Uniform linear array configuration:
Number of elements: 32
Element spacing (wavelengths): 0.5
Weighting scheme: kaiser
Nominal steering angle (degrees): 30
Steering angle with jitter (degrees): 31.08
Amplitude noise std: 0.05
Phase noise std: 0.05

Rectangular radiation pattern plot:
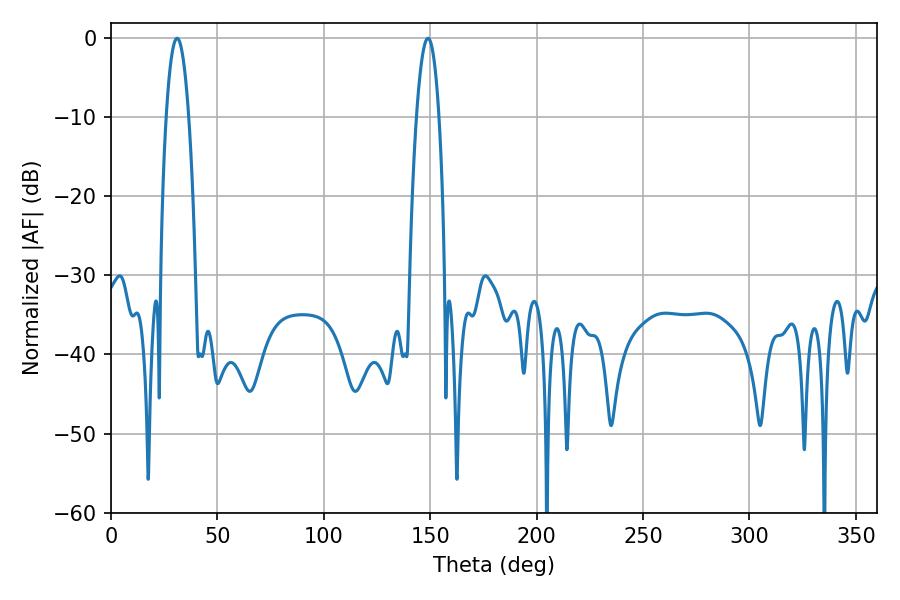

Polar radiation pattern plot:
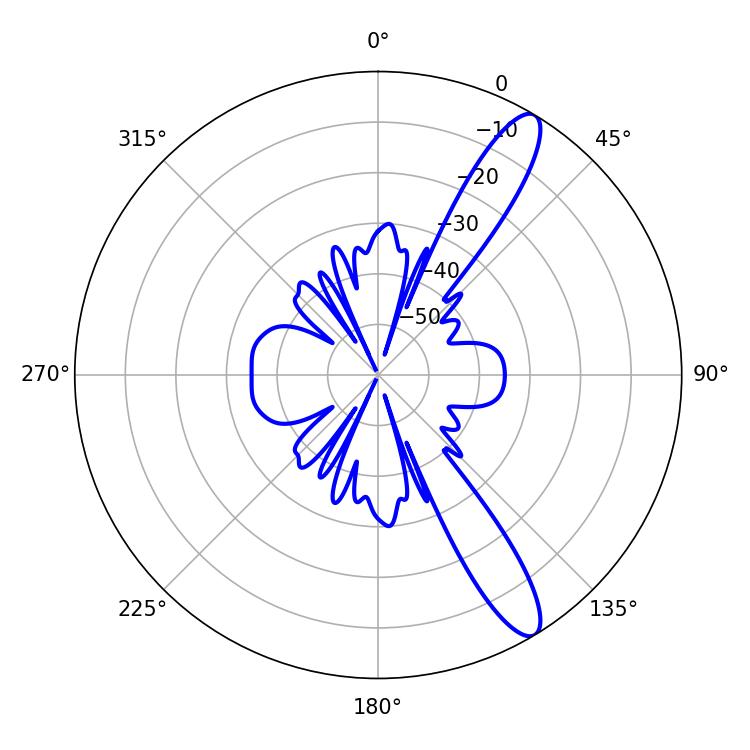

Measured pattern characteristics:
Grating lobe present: FALSE
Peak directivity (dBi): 12.457
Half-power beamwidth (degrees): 5.76
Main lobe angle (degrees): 31.14